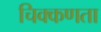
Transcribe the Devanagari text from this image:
चिक्कणता